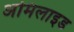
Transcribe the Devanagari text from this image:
अमिलाइड